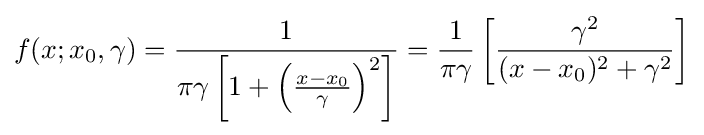
f(x;x_{0},\gamma )={\frac {1}{\pi \gamma \left[1+\left({\frac {x-x_{0}}{\gamma }}\right)^{2}\right]}}={1 \over \pi \gamma }\left[{\gamma ^{2} \over (x-x_{0})^{2}+\gamma ^{2}}\right]